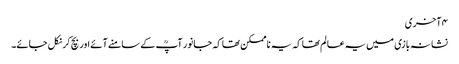
۴ آخری
نشانہ بازی میں یہ عالم تھا کہ یہ ناممکن تھا کہ جانور آپؒ کے سامنے آئے اور بچ کر نکل جائے۔